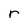
Character: r